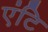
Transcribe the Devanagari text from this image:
एंटि